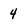
Character: 4